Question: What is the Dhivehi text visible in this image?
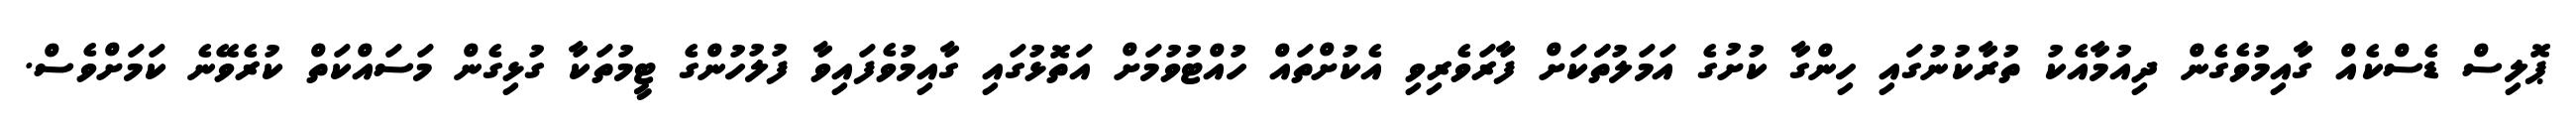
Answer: ޕޮލިސް ޑެސްކެއް ގާއިމުވެގެން ދިއުމާއެކު ތުރާކުނުގައި ހިންގާ ކުށުގެ އަމަލުތަަކަށް ފާރަވެރިވި އެކުށްތައް ހުއްޓުވުމަށް އަތޮޅުގައި ގާއިމުވެފައިވާ ފުލުހުންގެ ޓީމުތަކާ ގުޅިގެން މަސައްކަތް ކުރެވޭނެ ކަމަށްވެސް.